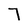
Character: 7